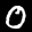
Label: 0